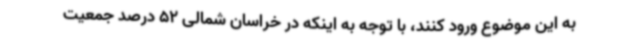
به این موضوع ورود کنند، با توجه به اینکه در خراسان شمالی 52 درصد جمعیت